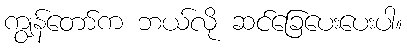
ကျွန်တော်က ဘယ်လို ဆင်ခြေပေးပေးပါ။